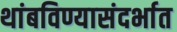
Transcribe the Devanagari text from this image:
थांबविण्यासंदर्भात